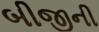
બીજીની